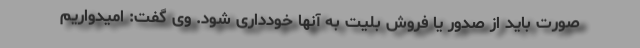
صورت باید از صدور یا فروش بلیت به آنها خودداری شود. وی گفت: امیدواریم